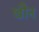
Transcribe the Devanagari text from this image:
खौन